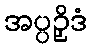
အပ္ပဉှိဒံ